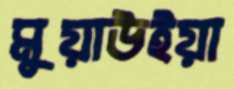
মুয়াউইয়া